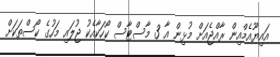
އައިޔޫއެމްއިން ރާއްޖެއަށް މުޅިން އާ 3 މާސްޓާސް ކޯހަކާއެކު ޖުލައި މަހުގެ ކޯސްތަކަށް